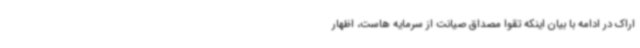
اراک در ادامه با بیان اینکه تقوا مصداق صیانت از سرمایه هاست، اظهار